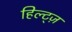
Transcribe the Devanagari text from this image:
हिल्ट्ज़